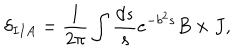
\delta _ { I I A } = \frac { 1 } { 2 \pi } \int \frac { d s } { s } e ^ { - b ^ { 2 } s } B \times J ,